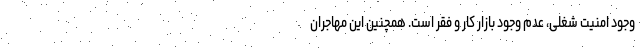
وجود امنیت شغلی، عدم وجود بازار کار و فقر است. همچنین این مهاجران